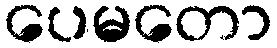
ပေမတော